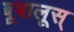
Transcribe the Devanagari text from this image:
बूबालूस्